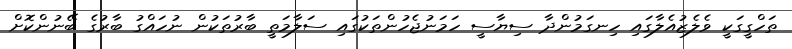
ތަހްގީގަކީ ވެލެޒުއެލާގައި ހިނގަމުންދާ ސިޔާސީ ހަމަނުޖެހުންތަކުގައި ސަލާމަތީ ބާރުތަކުން ނުހައްގު ބާރުގެ ބޭނުންކޮށް